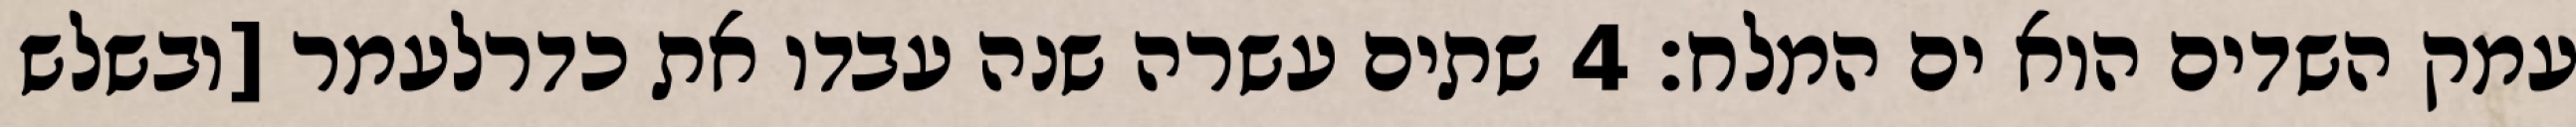
עמק השדים הוא ים המלח׃ ‎4‏ שתים עשרה שנה עבדו את כדרלעמר [ובשלש